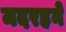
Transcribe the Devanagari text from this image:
मदरहने